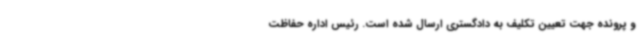
و پرونده جهت تعیین تکلیف به دادگستری ارسال شده است. رئیس اداره حفاظت